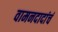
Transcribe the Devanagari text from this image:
वामनदादांचं